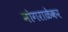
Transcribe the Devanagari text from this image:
मोगराळेकर